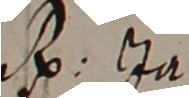
. In